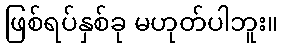
ဖြစ်ရပ်နှစ်ခု မဟုတ်ပါဘူး။